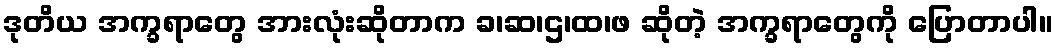
ဒုတိယ အက္ခရာတွေ အားလုံးဆိုတာက ခ၊ဆ၊ဌ၊ထ၊ဖ ဆိုတဲ့ အက္ခရာတွေကို ပြောတာပါ။